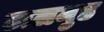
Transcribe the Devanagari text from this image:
टालमुड